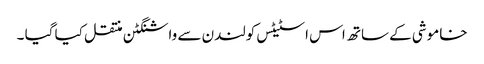
خاموشی کے ساتھ اس اسٹیٹس کولندن سے واشنگٹن منتقل کیا گیا ۔